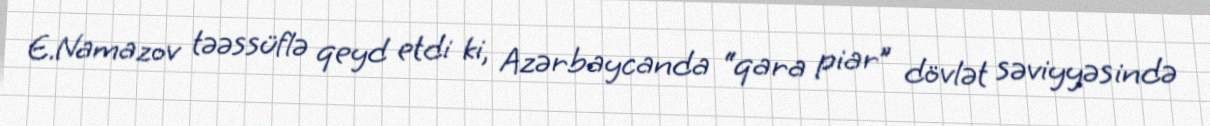
E.Namazov təəssüflə qeyd etdi ki, Azərbaycanda “qara piar” dövlət səviyyəsində